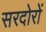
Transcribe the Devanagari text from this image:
सरदोरों